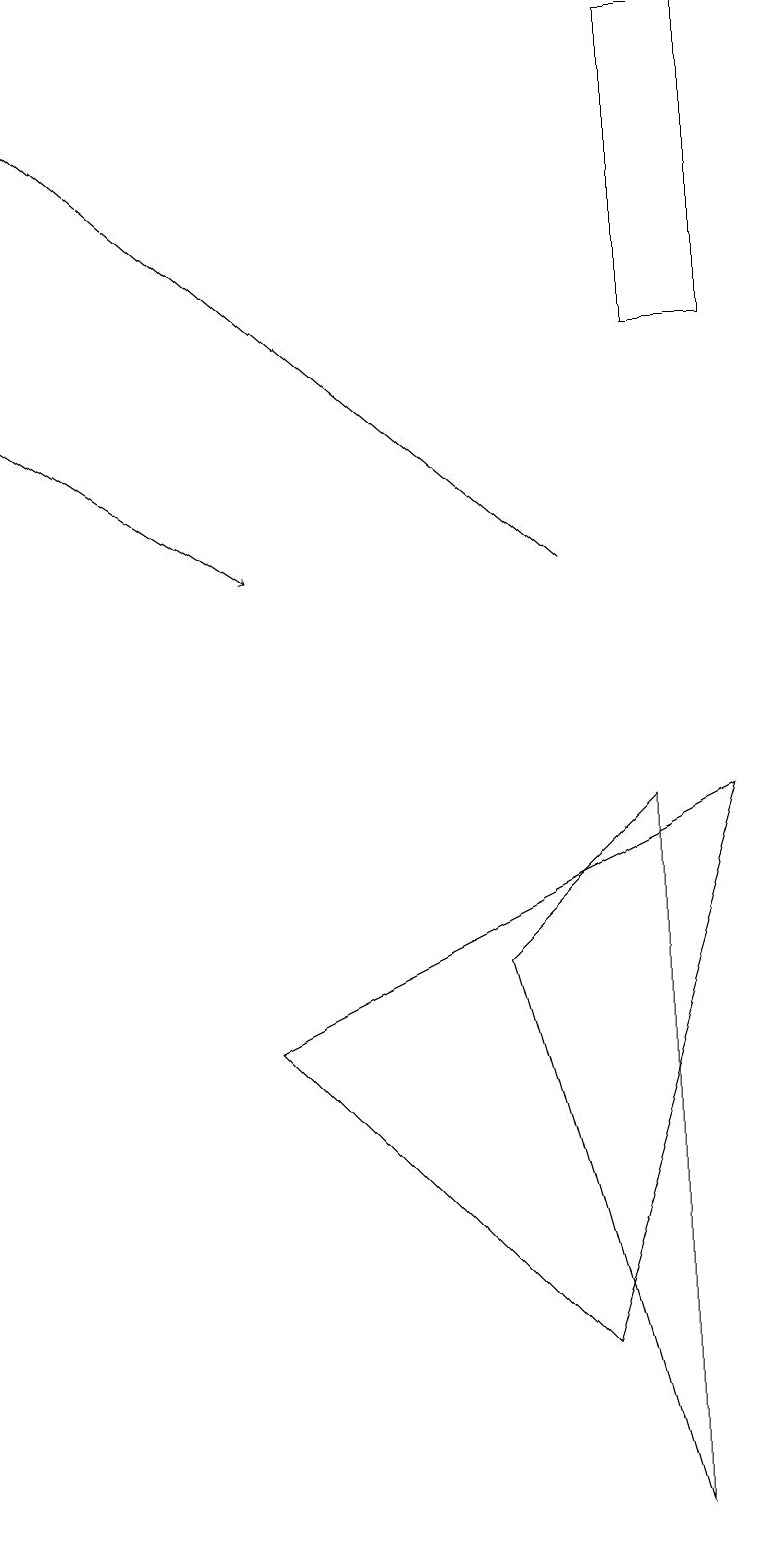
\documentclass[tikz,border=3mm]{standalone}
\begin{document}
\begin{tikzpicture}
\draw[->] (7,12) -- (0,18);
\draw (8,19) rectangle (9,15);
\draw[->] (0,14) -- (3,12);
\draw (8,0) -- (6,7) -- (8,9) -- cycle;
\draw (9,9) -- (3,6) -- (7,2) -- cycle;
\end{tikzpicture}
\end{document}